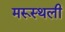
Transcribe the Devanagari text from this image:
मरूस्थली